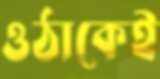
ওঠাকেই